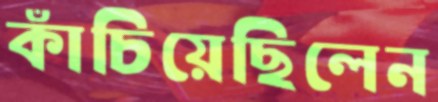
কাঁচিয়েছিলেন